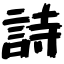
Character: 詩